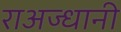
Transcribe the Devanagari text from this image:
राअज्धानी